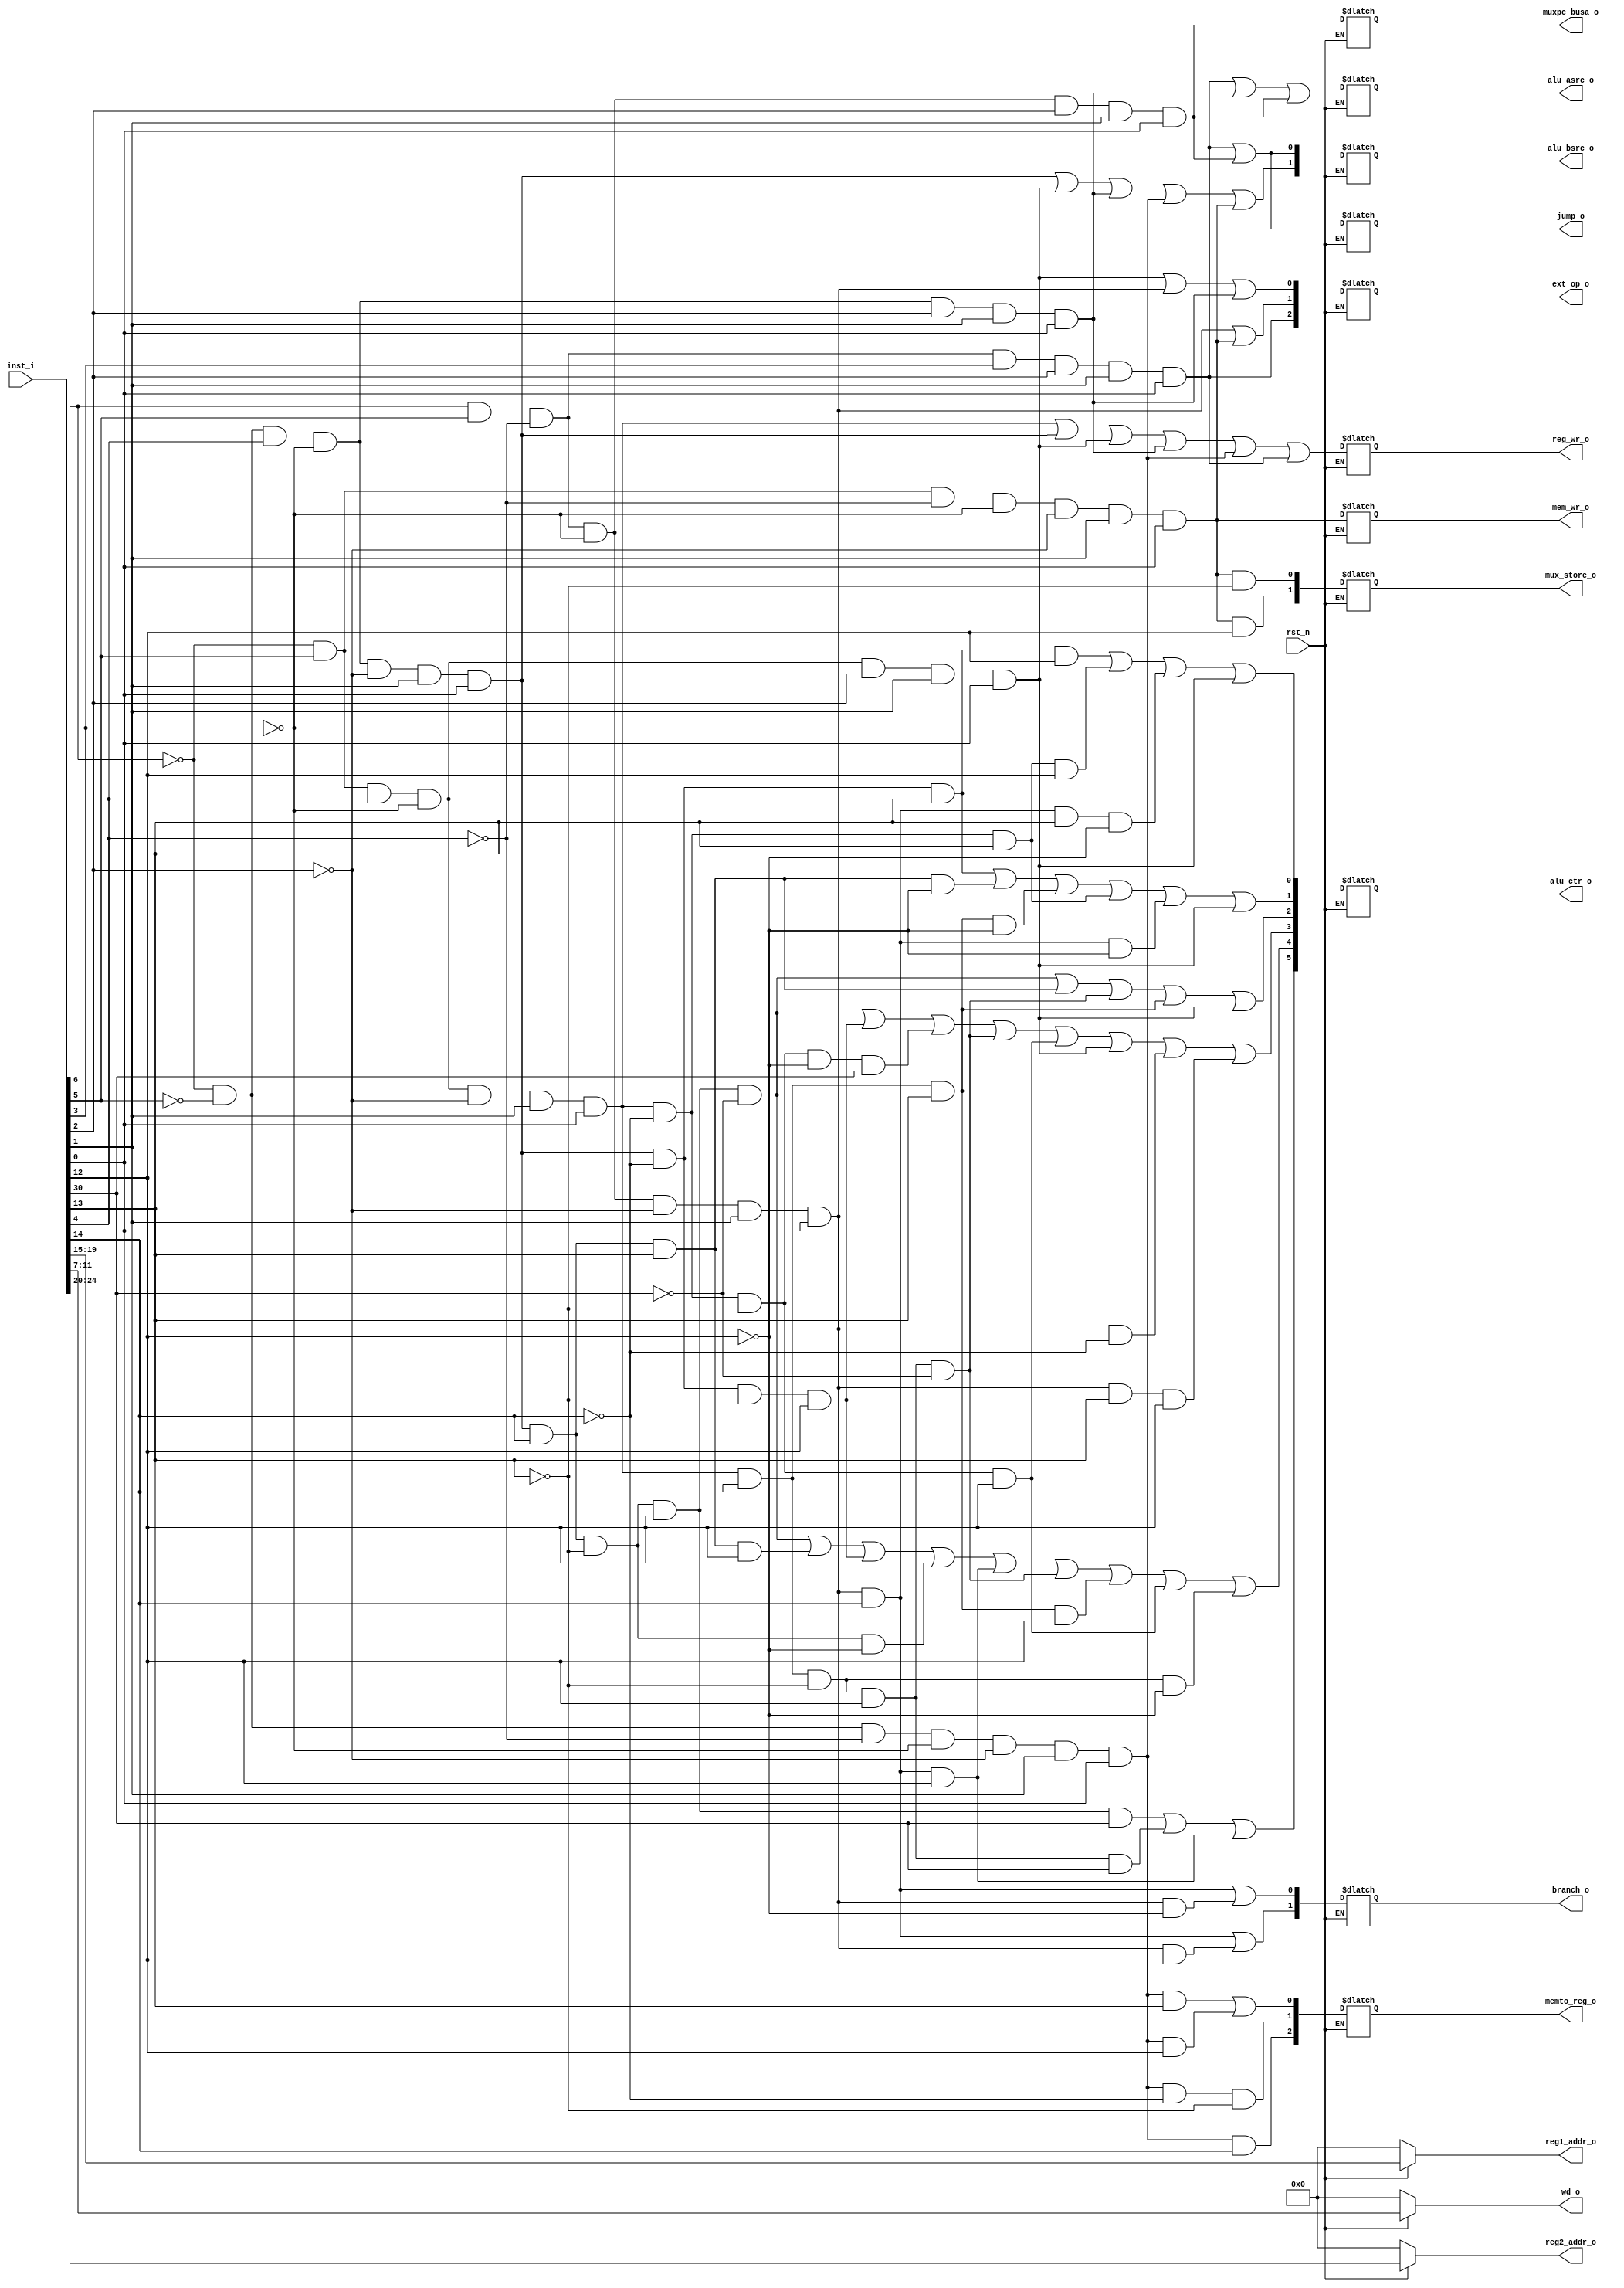
`timescale 1ns / 1ps
//////////////////////////////////////////////////////////////////////////////////
// Company: 
// Engineer: 
// 
// Design Name: 
// Module Name: id
// Project Name: 
// Target Devices: 
// Tool Versions: 
// Description: 
// 
// Dependencies: 
// 
// Revision:
// Revision 0.01 - File Created
// Additional Comments:
// 
//////////////////////////////////////////////////////////////////////////////////


module id(

    input             rst_n,
    input [31:0]      inst_i,
    
    // regfile
    output reg [4:0]  reg1_addr_o,
    output reg [4:0]  reg2_addr_o,
    output reg [4:0]  wd_o,
    
    // 
    output reg [1:0]  branch_o,       // pc
    output reg  jump_o,         // pc
    output reg [2:0] memto_reg_o,   // ALU to Reg
    output reg  reg_wr_o,       // Reg
    output reg  mem_wr_o,       // Mem
    output reg  alu_asrc_o,     // Reg to ALU
    output reg muxpc_busa_o,    
    
    // 
    output reg [1:0]  alu_bsrc_o,   // imm and Reg to ALU
    output reg [2:0]  ext_op_o,     // imm
    output reg [5:0]  alu_ctr_o,     // ALU
    output reg [1:0]  mux_store_o   

    );
    
    wire [6:0] op  = inst_i[6:0];            //
    wire [2:0] f3 = inst_i[14:12];          //
    wire [6:0] f7 = inst_i[31:25];
        
    always @ (*) begin
        if(~rst_n) begin    // 
            wd_o <= 0;
            reg1_addr_o <= 0;
            reg2_addr_o <= 0;
        end
        else begin      // 
            wd_o <= inst_i[11:7];                     // 
            reg1_addr_o <= inst_i[19:15];             //  A 
            reg2_addr_o <= inst_i[24:20];             //  B 
            
            // 
            branch_o[1]<=(op[6]& op[5] & ~op[4] & ~op[3] & ~op[2] & op[1] & op[0] & f3[2])
                          | (op[6] & op[5] & ~op[4] & ~op[3] & ~op[2] & op[1] & op[0] & f3[0]);
            branch_o[0]<=(op[6] & op[5] & ~op[4] & ~op[3] & ~op[2] & op[1] & op[0] & f3[2])
                          | (op[6] & op[5] & ~op[4] & ~op[3] & ~op[2] & op[1] & op[0] & ~f3[0]);    //B-type
                              
            jump_o<=(op[6] & op[5] & ~op[4] & op[3] & op[2] & op[1] & op[0])
                     | (op[6] & op[5] & ~op[4] & ~op[3] & op[2] & op[1] & op[0]);            // J-type
                     
            memto_reg_o[2]<= ~op[6] & ~op[5] & ~op[4] & ~op[3] & ~op[2] & op[1] & op[0] & f3[2];
            memto_reg_o[1]<= ~op[6] & ~op[5] & ~op[4] & ~op[3] & ~op[2] & op[1] & op[0] & ~f3[2] & ~f3[1];
            memto_reg_o[0]<= (~op[6] & ~op[5] & ~op[4] & ~op[3] & ~op[2] & op[1] & op[0] & f3[1])
                              | (~op[6] & ~op[5] & ~op[4] & ~op[3] & ~op[2] & op[1] & op[0] & f3[0]);    // Load

            reg_wr_o<= (~op[6] & op[5] & op[4] & ~op[3] & ~op[2] & op[1] & op[0])           // R - type
                         | (~op[6] & ~op[5] & op[4] & ~op[3] & ~op[2] & op[1] & op[0])      // I - type - ALU
                         | (~op[6] & op[5] & op[4] & ~op[3] & op[2] & op[1] & op[0])        // lui
                         | (~op[6] & ~op[5] & op[4] & ~op[3] & op[2] & op[1] & op[0])
                         | (~op[6] & ~op[5] & ~op[4] & ~op[3] & ~op[2] & op[1] & op[0])     // Load
                         | (op[6] & op[5] & ~op[4] & op[3] & op[2] & op[1] & op[0]);        // J - type
            
            mem_wr_o<= ~op[6] & op[5] & ~op[4] & ~op[3] & ~op[2] & op[1] & op[0];  // Store
            alu_asrc_o<= (op[6] & op[5] & ~op[4] & op[3] & op[2] & op[1] & op[0])
                          | (~op[6] & ~op[5] & op[4] & ~op[3] & op[2] & op[1] & op[0])
                          | (op[6] & op[5] & ~op[4] & ~op[3] & op[2] & op[1] & op[0]);  // J-type
                          
            muxpc_busa_o<= op[6] & op[5] & ~op[4] & ~op[3] & op[2] & op[1] & op[0];
            mux_store_o[1] = ~op[6]&op[5]&~op[4]&~op[3]&~op[2]&op[1]&op[0] & f3[0];
            mux_store_o[0] = ~op[6]&op[5]&~op[4]&~op[3]&~op[2]&op[1]&op[0] & ~f3[1];
            
            // 
            alu_bsrc_o[1]<= (~op[6] & ~op[5] & op[4]&~op[3] & ~op[2] & op[1] & op[0])   // I-type-ALU
                           | (~op[6]&op[5]&op[4]&~op[3]&op[2]&op[1]&op[0])              // lui
                           | (~op[6]&~op[5]&op[4]&~op[3]&op[2]&op[1]&op[0])             // auipc
                           | (~op[6]&~op[5]&~op[4]&~op[3]&~op[2]&op[1]&op[0])           // Load
                           | (~op[6]&op[5]&~op[4]&~op[3]&~op[2]&op[1]&op[0]);           // Store
            alu_bsrc_o[0]<= (op[6] & op[5] & ~op[4] & op[3] & op[2] & op[1] & op[0])    
                           | (op[6] & op[5] & ~op[4] & ~op[3] & op[2] & op[1] & op[0]); // J-type
            
            ext_op_o[2]<= op[6] & op[5] & ~op[4] & op[3] & op[2] & op[1] & op[0];   // J - type
            ext_op_o[1]<= (op[6] & op[5] & ~op[4] & ~op[3] & ~op[2] & op[1] & op[0])        // B - type
                           | (~op[6] & op[5] & ~op[4] & ~op[3] & ~op[2] & op[1] & op[0]);   // Store
            ext_op_o[0]<= (~op[6] & op[5] & op[4] & ~op[3] & op[2] & op[1] & op[0])         // lui
                           | (op[6] & op[5] & ~op[4] & ~op[3] & ~op[2] & op[1] & op[0])     // B - type
                           | (~op[6] & ~op[5] & op[4] & ~op[3] & op[2] & op[1] & op[0]);
           
           alu_ctr_o[5]<= (~op[6] & ~op[5] & op[4] & ~op[3] & ~op[2] & op[1] & op[0] & f3[2] & ~f3[1] & f3[0] & f7[5])
                       | (~op[6] & op[5] & op[4] & ~op[3] & ~op[2] & op[1] & op[0] & f3[2] & ~f3[1] & f3[0] & f7[5])
                       | (op[6] & op[5] & ~op[4] & ~op[3] & ~op[2] & op[1] & op[0] & f3[2] & f3[0]);
           alu_ctr_o[4]<= (~op[6] & ~op[5] & op[4] & ~op[3] & ~op[2] & op[1] & op[0] & f3[2] & ~f3[1] & f3[0] & ~f7[5])
                       | (~op[6] & ~op[5] & op[4] & ~op[3] & ~op[2] & op[1] & op[0] & f3[2] & f3[1] & f3[0])
                       | (~op[6] & ~op[5] & op[4] & ~op[3] & ~op[2] & op[1] & op[0] & ~f3[2] & ~f3[1] & f3[0])
                       | (~op[6] & ~op[5] & op[4] & ~op[3] & ~op[2] & op[1] & op[0] & f3[2] & ~f3[1] & ~f3[0])
                       | (op[6] & op[5] & ~op[4] & ~op[3] & ~op[2] & op[1] & op[0] & f3[2] & f3[0])
                       | (~op[6] & op[5] & op[4] & ~op[3] & ~op[2] & op[1] & op[0] & f3[2] & ~f3[1] & f3[0] & ~f7[5])
                       | (~op[6] & op[5] & op[4] & ~op[3] & ~op[2] & op[1] & op[0] & f3[2] & f3[1] & f3[0])
                       | (~op[6] & op[5] & op[4] & ~op[3] & ~op[2] & op[1] & op[0] & ~f3[2] & ~f3[1] & f3[0])
                       | (~op[6] & op[5] & op[4] & ~op[3] & ~op[2] & op[1] & op[0] & f3[2] & ~f3[1] & ~f3[0]);
           alu_ctr_o[3]<= (~op[6] & ~op[5] & op[4] & ~op[3] & ~op[2] & op[1] & op[0] & f3[2] & ~f3[1] & f3[0] & ~f7[5])
                       | (~op[6] & ~op[5] & op[4] & ~op[3] & ~op[2] & op[1] & op[0] & ~f3[2] & ~f3[1] & f3[0])
                       | (~op[6] & op[5] & op[4] & ~op[3] & ~op[2] & op[1] & op[0] & ~f3[2] & ~f3[1] & ~f3[0] & f7[5])
                       | (~op[6] & op[5] & op[4] & ~op[3] & ~op[2] & op[1] & op[0] & f3[2] & ~f3[1] & f3[0] & ~f7[5])
                       | (~op[6] & op[5] & op[4] & ~op[3] & ~op[2] & op[1] & op[0] & ~f3[2] & ~f3[1] & f3[0])
                       | (~op[6] & op[5] & op[4] & ~op[3] & op[2] & op[1] & op[0])
                       | (op[6] & op[5] & ~op[4] & ~op[3] & ~op[2] & op[1] & op[0] & ~f3[2])
                       | (op[6] & op[5] & ~op[4] & ~op[3] & ~op[2] & op[1] & op[0] & f3[1] & f3[0]);
           alu_ctr_o[2]<= (~op[6] & ~op[5] & op[4] & ~op[3] & ~op[2] & op[1] & op[0] & f3[2] & ~f3[1] & f3[0] & ~f7[5])
                       | (~op[6] & ~op[5] & op[4] & ~op[3] & ~op[2] & op[1] & op[0] & f3[2] & f3[1])
                       | (~op[6] & op[5] & op[4] & ~op[3] & ~op[2] & op[1] & op[0] & f3[2] & ~f3[1] & f3[0] & ~f7[5])
                       | (~op[6] & op[5] & op[4] & ~op[3] & ~op[2] & op[1] & op[0] & f3[2] & f3[1])
                       | (~op[6] & op[5] & op[4] & ~op[3] & op[2] & op[1] & op[0]);
           alu_ctr_o[1]<= (~op[6] & ~op[5] & op[4] & ~op[3] & ~op[2] & op[1] & op[0] & ~f3[2] & f3[1])
                       | (~op[6] & ~op[5] & op[4] & ~op[3] & ~op[2] & op[1] & op[0] & f3[2] & f3[1] & ~f3[0])
                       | (~op[6] & op[5] & op[4] & ~op[3] & ~op[2] & op[1] & op[0] & f3[2] & f3[1] & ~f3[0])
                       | (~op[6] & op[5] & op[4] & ~op[3] & ~op[2] & op[1] & op[0] & ~f3[2] & f3[1])
                       | (op[6] & op[5] & ~op[4] & ~op[3] & ~op[2] & op[1] & op[0] & f3[2] & ~f3[0])
                       | (~op[6] & op[5] & op[4] & ~op[3] & op[2] & op[1] & op[0]);
           alu_ctr_o[0]<= (~op[6] & ~op[5] & op[4] & ~op[3] & ~op[2] & op[1] & op[0] & ~f3[2] & f3[1] & f3[0])
                       | (~op[6] & op[5] & op[4] & ~op[3] & ~op[2] & op[1] & op[0] & ~f3[2] & f3[1] & f3[0])
                       | (op[6] & op[5] & ~op[4] & ~op[3] & ~op[2] & op[1] & op[0] & f3[2] & f3[1] & ~f3[0])
                       | (~op[6] & op[5] & op[4] & ~op[3] & op[2] & op[1] & op[0]);
        end
    end
endmodule